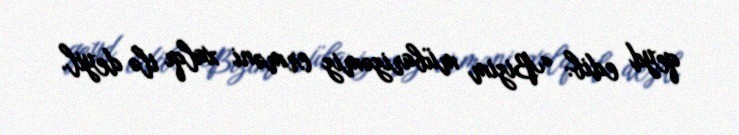
qeyd edib: “Bizim mübarizəmiz erməni xalqı ilə deyil.